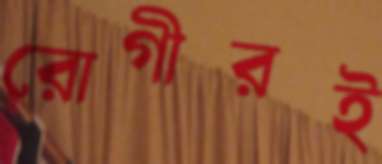
রোগীরই